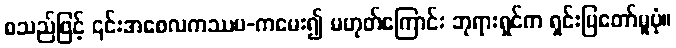
စသည်ဖြင့် ၎င်းအစေလကဿပ-ကမေး၍ မဟုတ်ကြောင်း ဘုရားရှင်က ရှင်းပြတော်မူပုံ။